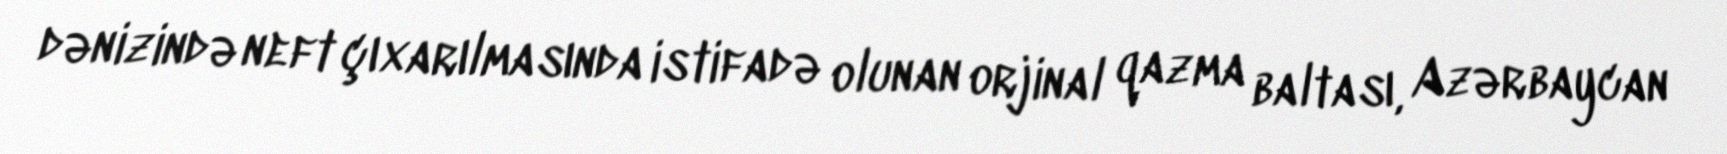
dənizində neft çıxarılmasında istifadə olunan orjinal qazma baltası, Azərbaycan